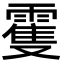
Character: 䨥